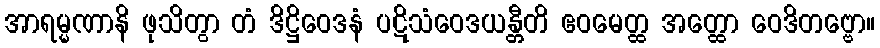
အာရမ္မဏာနိ ဖုသိတွာ တံ ဒိဋ္ဌိဝေဒနံ ပဋိသံဝေဒယန္တီတိ ဧဝမေတ္ထ အတ္ထော ဝေဒိတဗ္ဗော။